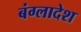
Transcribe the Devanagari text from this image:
बंग्‍लादेश